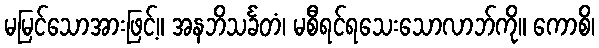
မမြင်သောအားဖြင့်။ အနဘိသင်္ခတံ၊ မစီရင်ရသေးသောလာဘ်ကို။ ကောစိ၊